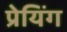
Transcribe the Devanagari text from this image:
प्रेयिंग